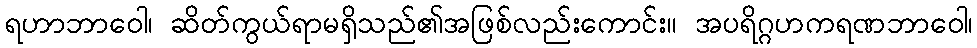
ရဟာဘာဝေါ၊ ဆိတ်ကွယ်ရာမရှိသည်၏အဖြစ်လည်းကောင်း။ အပရိဂ္ဂဟကရဏဘာဝေါ၊